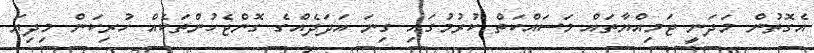
އެގޮތުން މަދަނީ ޖަމިއްޔާތައް މަސައްކަތް ކުރުމުގައި ގިނަ އަދަދެއްގެ ގޮންޖެހުންތަކެއް ހުރިކަން މިދިޔަ